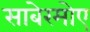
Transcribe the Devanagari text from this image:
साबेरमोए